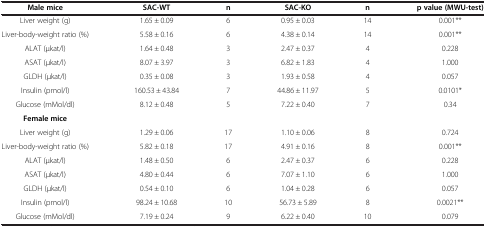
<table><thead><tr><td><b>Male mice</b></td><td><b>SAC-WT</b></td><td><b>n</b></td><td><b>SAC-KO</b></td><td><b>n</b></td><td><b>p value (MWU-test)</b></td></tr></thead><tbody><tr><td>Liver weight (g)</td><td>1.65 ± 0.09</td><td>6</td><td>0.95 ± 0.03</td><td>14</td><td>0.001**</td></tr><tr><td>Liver-body-weight ratio (%)</td><td>5.58 ± 0.16</td><td>6</td><td>4.38 ± 0.14</td><td>14</td><td>0.001**</td></tr><tr><td>ALAT (μkat/l)</td><td>1.64 ± 0.48</td><td>3</td><td>2.47 ± 0.37</td><td>4</td><td>0.228</td></tr><tr><td>ASAT (μkat/l)</td><td>8.07 ± 3.97</td><td>3</td><td>6.82 ± 1.83</td><td>4</td><td>1.000</td></tr><tr><td>GLDH (μkat/l)</td><td>0.35 ± 0.08</td><td>3</td><td>1.93 ± 0.58</td><td>4</td><td>0.057</td></tr><tr><td>Insulin (pmol/l)</td><td>160.53 ± 43.84</td><td>7</td><td>44.86 ± 11.97</td><td>5</td><td>0.0101*</td></tr><tr><td>Glucose (mMol/dl)</td><td>8.12 ± 0.48</td><td>5</td><td>7.22 ± 0.40</td><td>7</td><td>0.34</td></tr><tr><td><b>Female mice</b></td><td> </td><td> </td><td> </td><td> </td><td> </td></tr><tr><td>Liver weight (g)</td><td>1.29 ± 0.06</td><td>17</td><td>1.10 ± 0.06</td><td>8</td><td>0.724</td></tr><tr><td>Liver-body-weight ratio (%)</td><td>5.82 ± 0.18</td><td>17</td><td>4.91 ± 0.16</td><td>8</td><td>0.001**</td></tr><tr><td>ALAT (μkat/l)</td><td>1.48 ± 0.50</td><td>6</td><td>2.47 ± 0.37</td><td>6</td><td>0.228</td></tr><tr><td>ASAT (μkat/l)</td><td>4.80 ± 0.44</td><td>6</td><td>7.07 ± 1.10</td><td>6</td><td>1.000</td></tr><tr><td>GLDH (μkat/l)</td><td>0.54 ± 0.10</td><td>6</td><td>1.04 ± 0.28</td><td>6</td><td>0.057</td></tr><tr><td>Insulin (pmol/l)</td><td>98.24 ± 10.68</td><td>10</td><td>56.73 ± 5.89</td><td>8</td><td>0.0021**</td></tr><tr><td>Glucose (mMol/dl)</td><td>7.19 ± 0.24</td><td>9</td><td>6.22 ± 0.40</td><td>10</td><td>0.079</td></tr></tbody></table>